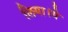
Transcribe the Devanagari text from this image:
लिया।ये